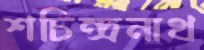
শচিন্দ্রনাথ